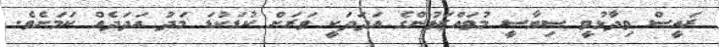
ރައީސް ވިދާޅުވީ ސިޔާސީ މުވައްޒަފުންގެ އަދަދަކީ ވަރަށް ކުޑަކުޑަ މަދު އަދަދެއް ކަމަށެވެ.